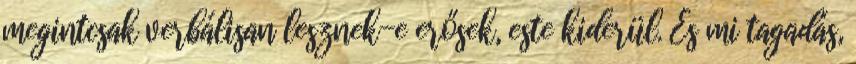
megintcsak verbálisan lesznek-e erősek, este kiderül. És mi tagadás,